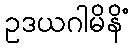
ဥဒယဂါမိနိံ